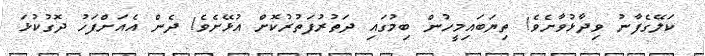
ކަލޭގެފާނު ވިދާޅުވާށެވެ! ތިޔަބައިމީހުން ބިމުގައި ދަތުރުފަތުރުކޮށް އުޅޭށެވެ! ދެން އެއަށްފަހު ދޮގުކުޅަ